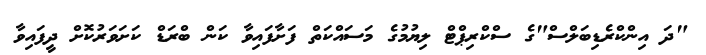
"ދަ އިންކްރެޑިބަލްސް"ގެ ސްކްރިޕްޓް ލިޔުމުގެ މަސައްކަތް ފަށާފައިވާ ކަން ބްރަޑް ކަށަވަރުކޮށް ދީފައިވާ